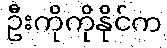
ဦးကိုကိုနိုင်က